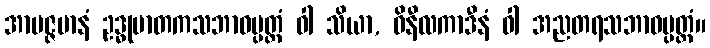
အာပဇ္ဇမာနံ ဥဒ္ဓုမာတကသဘာဝပ္ပတ္တံ ဝါ သိယာ, ဝိနီလကာဒီနံ ဝါ အညတရသဘာဝပ္ပတ္တံ။